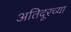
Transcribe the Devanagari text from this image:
अतिदूरच्या